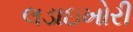
લડાઇખોરી